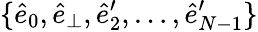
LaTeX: \{ \hat{e}_{0},\hat{e}_{\perp},\hat{e}_{2}^{\prime},\dots,\hat{e}_{N-1}^{\prime}\}